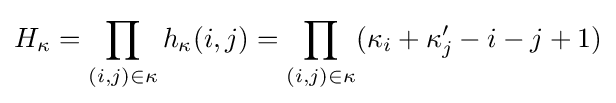
H_{\kappa }=\prod _{(i,j)\in \kappa }h_{\kappa }(i,j)=\prod _{(i,j)\in \kappa }(\kappa _{i}+\kappa _{j}'-i-j+1)